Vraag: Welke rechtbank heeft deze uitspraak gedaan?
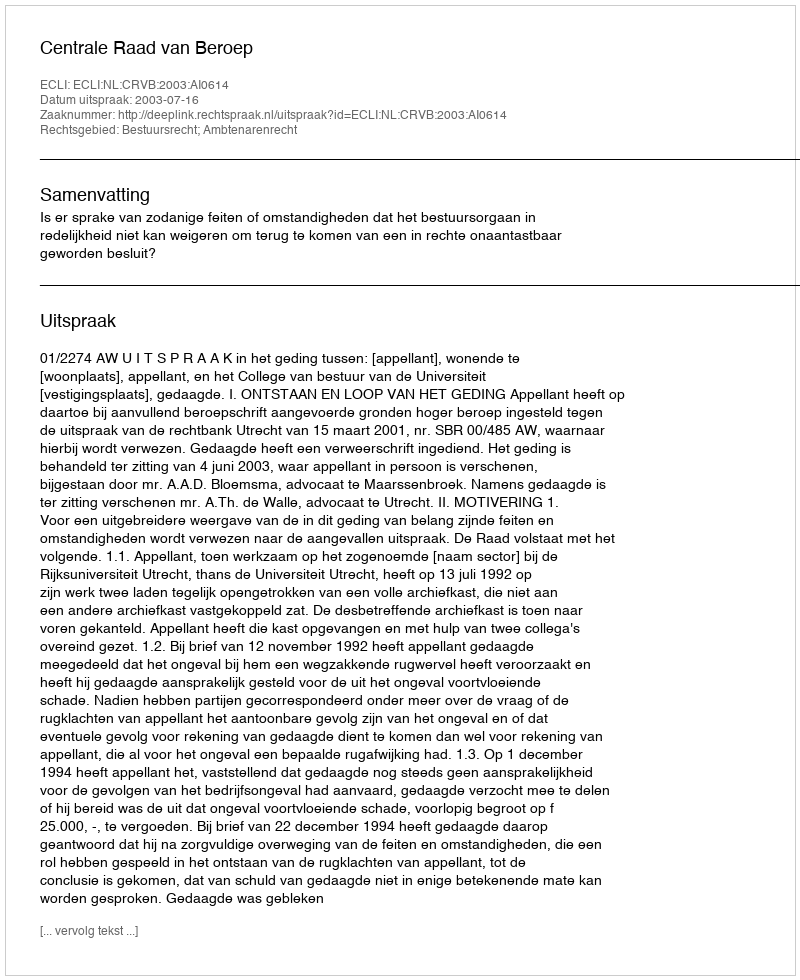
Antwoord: Centrale Raad van Beroep